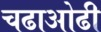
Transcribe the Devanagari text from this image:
चढाओढी